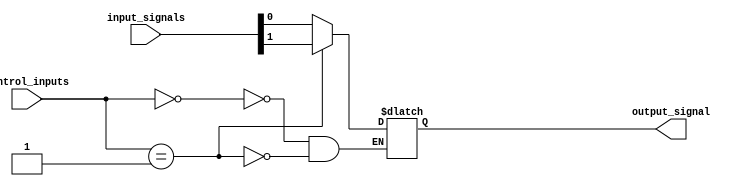
module multiplexer_256_1 (
    input [255:0] input_signals,
    input [7:0] control_inputs,
    output reg output_signal
);

always @* begin
    case (control_inputs)
        8'b00000000: output_signal = input_signals[0];
        8'b00000001: output_signal = input_signals[1];
        // continue with remaining cases for all 256 input signals
        // add additional levels of hierarchy as needed
    endcase
end

endmodule